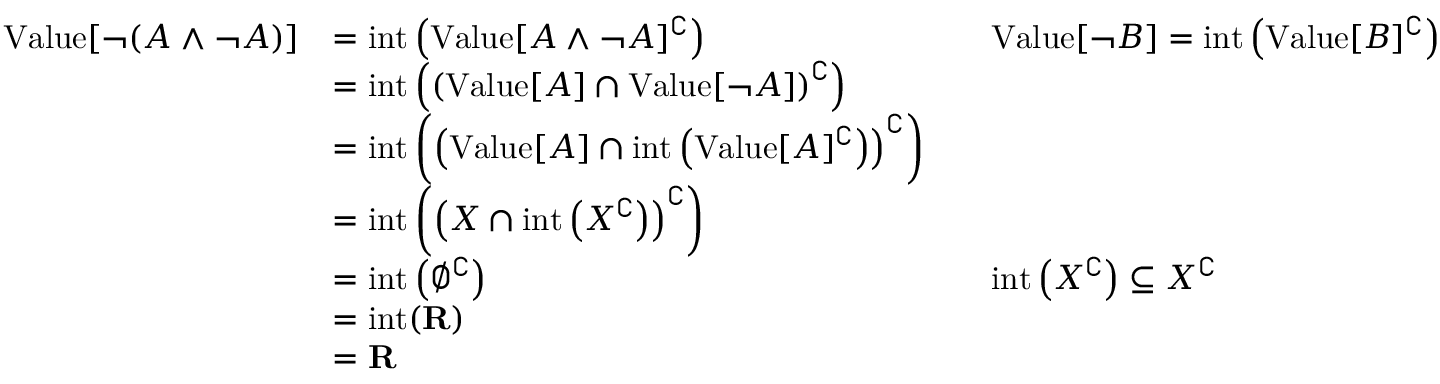
{ \begin{array} { r l r l } { { \mathrm { V a l u e } } [ \neg ( A \land \neg A ) ] } & { = { \mathrm { i n t } } \left( { \mathrm { V a l u e } } [ A \land \neg A ] ^ { \complement } \right) } & & { { \mathrm { V a l u e } } [ \neg B ] = { \mathrm { i n t } } \left( { \mathrm { V a l u e } } [ B ] ^ { \complement } \right) } \\ & { = { \mathrm { i n t } } \left( \left( { \mathrm { V a l u e } } [ A ] \cap { \mathrm { V a l u e } } [ \neg A ] \right) ^ { \complement } \right) } \\ & { = { \mathrm { i n t } } \left( \left( { \mathrm { V a l u e } } [ A ] \cap { \mathrm { i n t } } \left( { \mathrm { V a l u e } } [ A ] ^ { \complement } \right) \right) ^ { \complement } \right) } \\ & { = { \mathrm { i n t } } \left( \left( X \cap { \mathrm { i n t } } \left( X ^ { \complement } \right) \right) ^ { \complement } \right) } \\ & { = { \mathrm { i n t } } \left( \emptyset ^ { \complement } \right) } & & { { \mathrm { i n t } } \left( X ^ { \complement } \right) \subseteq X ^ { \complement } } \\ & { = { \mathrm { i n t } } ( \mathbf { R } ) } \\ & { = \mathbf { R } } \end{array} }